Source: Handwritten
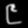
Digit: ၉ (9)